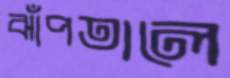
ঝাঁপতালে